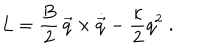
{ L } = { \frac { B } { 2 } } \, \vec { q } \times \dot { \vec { q } } - { \frac { \kappa } { 2 } } q ^ { 2 } \; .